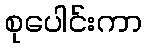
စုပေါင်းကာ